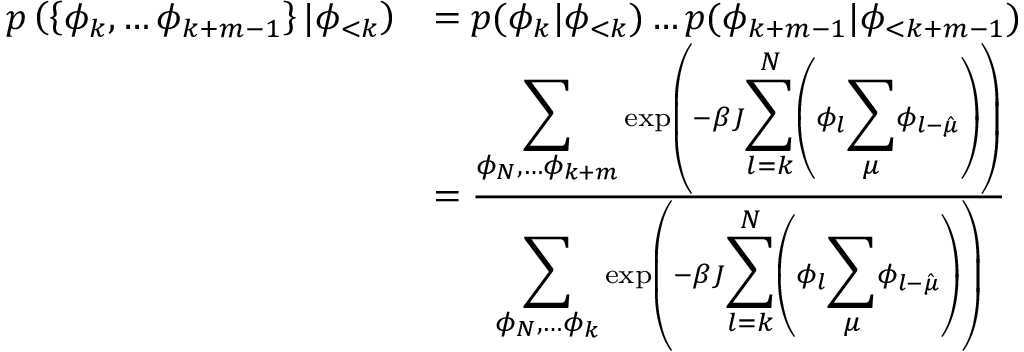
\begin{array} { r l } { p \left( \left\{ \phi _ { k } , \dots \phi _ { k + m - 1 } \right\} | \phi _ { < k } \right) } & { = p ( \phi _ { k } | \phi _ { < k } ) \dots p ( \phi _ { k + m - 1 } | \phi _ { < k + m - 1 } ) } \\ & { = \frac { { \displaystyle \sum _ { \phi _ { N } , \dots \phi _ { k + m } } } \exp \left( - \beta J { \displaystyle \sum _ { l = k } ^ { N } } \left( \phi _ { l } { \displaystyle \sum _ { \mu } } \phi _ { l - \hat { \mu } } \right) \right) } { { \displaystyle \sum _ { \phi _ { N } , \dots \phi _ { k } } } \exp \left( - \beta J { \displaystyle \sum _ { l = k } ^ { N } } \left( \phi _ { l } { \displaystyle \sum _ { \mu } } \phi _ { l - \hat { \mu } } \right) \right) } } \end{array}